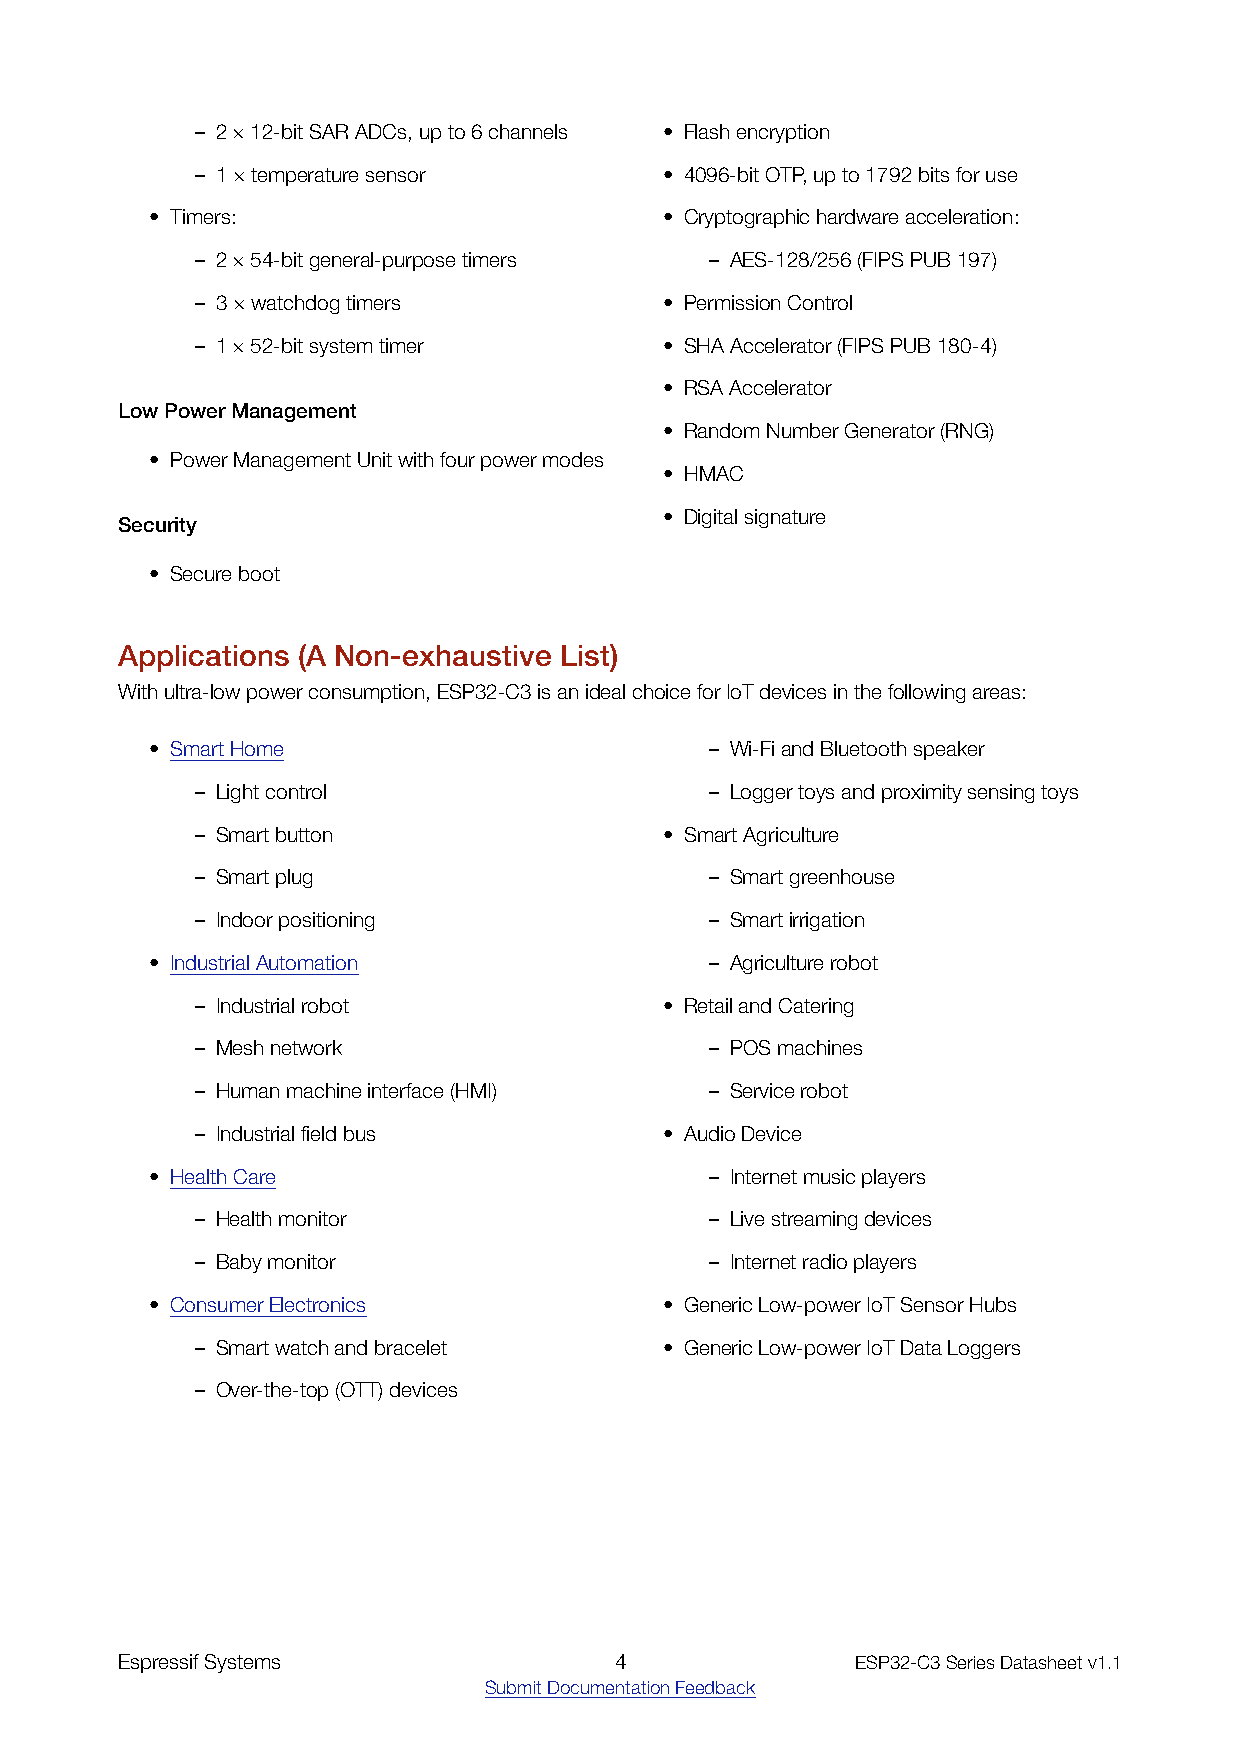
– 2×12-bitSARADCs,upto6channels • Flashencryption
 – 1×temperaturesensor          • 4096-bitOTP,upto1792bitsforuse
 • Timers:                         • Cryptographichardwareacceleration:
 – 2×54-bitgeneral-purposetimers   – AES-128/256(FIPSPUB197)
 – 3×watchdogtimers             • PermissionControl
 – 1×52-bitsystemtimer          • SHAAccelerator(FIPSPUB180-4)
 • RSAAccelerator
 LowPowerManagement
 • RandomNumberGenerator(RNG)
 • PowerManagementUnitwithfourpowermodes
 • HMAC
 • Digitalsignature
 Security
 • Secureboot
 Applications (A Non­exhaustive List)
 Withultra-lowpowerconsumption,ESP32-C3isanidealchoiceforIoTdevicesinthefollowingareas:
 • SmartHome                          – Wi-FiandBluetoothspeaker
 – Lightcontrol                    – Loggertoysandproximitysensingtoys
 – Smartbutton                  • SmartAgriculture
 – Smartplug                       – Smartgreenhouse
 – Indoorpositioning               – Smartirrigation
 • IndustrialAutomation               – Agriculturerobot
 – Industrialrobot              • RetailandCatering
 – Meshnetwork                     – POSmachines
 – Humanmachineinterface(HMI)      – Servicerobot
 – Industrialfieldbus           • AudioDevice
 • HealthCare                         – Internetmusicplayers
 – Healthmonitor                   – Livestreamingdevices
 – Babymonitor                     – Internetradioplayers
 • ConsumerElectronics             • GenericLow-powerIoTSensorHubs
 – Smartwatchandbracelet        • GenericLow-powerIoTDataLoggers
 – Over-the-top(OTT)devices
 EspressifSystems                 4               ESP32-C3SeriesDatasheetv1.1
 SubmitDocumentationFeedback